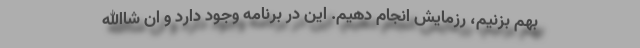
بهم بزنیم، رزمایش انجام دهیم. این در برنامه وجود دارد و ان شاالله